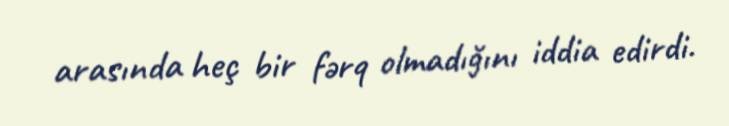
arasında heç bir fərq olmadığını iddia edirdi.